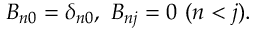
B _ { n 0 } = \delta _ { n 0 } , \ B _ { n j } = 0 \ ( n < j ) .